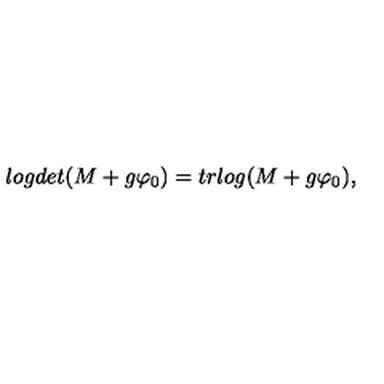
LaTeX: l o g d e t ( M + g \varphi _ { 0 } ) = t r l o g ( M + g \varphi _ { 0 } ) ,